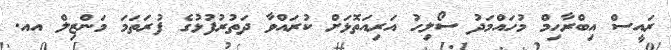
ރައީސް އިބްރާހިމް މުހައްމަދު ސޯލިހު އަރިއަތޮޅަށް ކުރައްވާ ދަތުރުފުޅުގެ ފުރަތަމަ މަންޒިލް އއ.